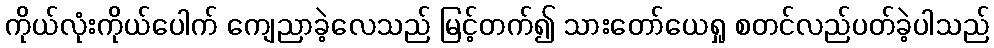
ကိုယ်လုံးကိုယ်ပေါက် ကျေညာခဲ့လေသည် မြင့်တက်၍ သားတော်ယေရှု စတင်လည်ပတ်ခဲ့ပါသည်